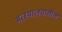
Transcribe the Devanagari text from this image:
मत्स्यालयातील